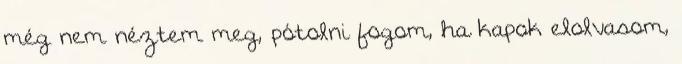
még nem néztem meg, pótolni fogom, ha kapok elolvasom,